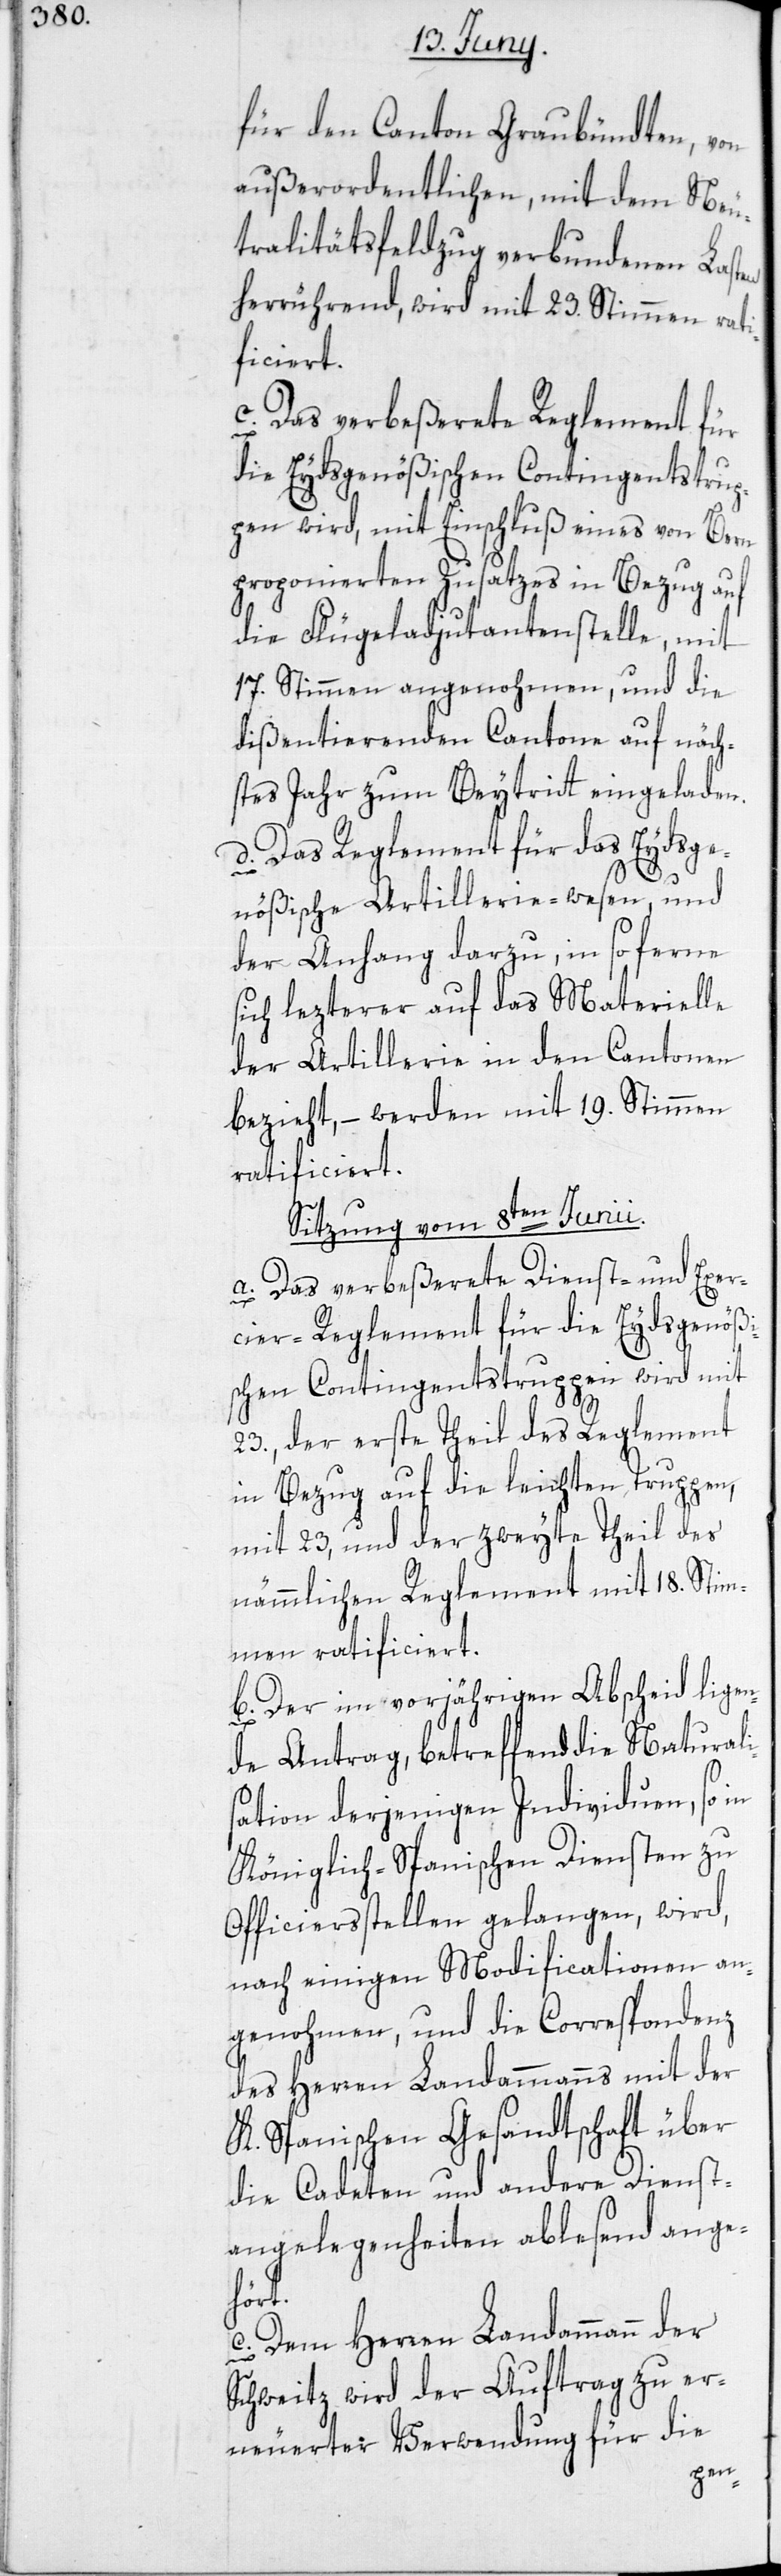
für den Canton Graubündten, von
außerordentlichen, mit dem Neu¬
tralitätsfeldzug verbundenen Lasten
herrührend, wird mit 23. Stimmen rati¬
ficiert.
c. Das verbeßerete Reglement fü¬
r
die Eydsgenößischen Contingentstrup¬
pen wird, mit Einschluß eines von Bern
proponierten Zusatzes in Bezug auf
die Flügeladjudantenstelle, mit
17. Stimmen angenohmen, und die
dißentierenden Cantone auf näch¬
stes Jahr zum Beytritt eingeladen.
d. Das Reglement für das Eydsge¬
nößische Artillerie-wesen, und
der Anhang darzu, in so ferne
sich lezterer auf das Materielle
der Artillerie in den Cantonen
bezieht, – werden mit 19. Stimmen
ratificiert.
Sitzung vom 8ten Junii.
a. Das verbeßerte Dienst- und Exer¬
cier-Reglement für die Eydsgenößi¬
schen Contingentstruppen wird mit
23., der erste Theil des Reglement
in Bezug auf die leichten Truppen,
mit 23, und der zweyte Theil des
nämmlichen Reglement mit 18. Stim¬
men ratificiert.
b. Der im vorjährigen Abscheid ligen¬
de Antrag, betreffend die Naturali¬
sation derjenigen Individuen, so in
Königlich-Spanischen Diensten zu
Officiersstellen gelangen, wird,
nach einigen Modificationen an¬
genohmen, und die Correspondenz
des Herren Landammanns mit der
K. Spanischen Gesandtschaft über
die Cadeten und andere Dienst¬
angelegenheiten ablesend ange¬
hört.
c. Dem Herren Landammann der
Schweitz wird der Auftrag zu er¬
neuerter Verwendung für die